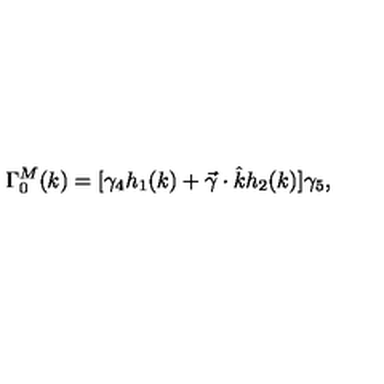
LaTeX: \Gamma _ { 0 } ^ { M } ( k ) = [ \gamma _ { 4 } h _ { 1 } ( k ) + \vec { \gamma } \cdot \hat { k } h _ { 2 } ( k ) ] \gamma _ { 5 } ,